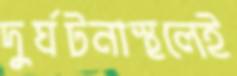
দুর্ঘটনাস্থলেই